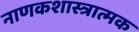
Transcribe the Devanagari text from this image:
नाणकशास्त्रात्मक